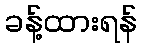
ခန့်ထားရန်